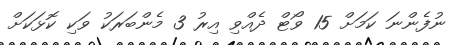
ނުފެންނަ ކަމަށް 15 ވޯޓް ދެއްވި އިރު 3 މެންބަރަކު ވަކި ކޮޅަކަށް